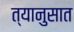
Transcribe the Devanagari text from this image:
त्यानुसात